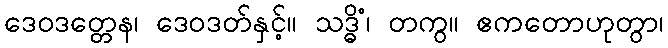
ဒေဝဒတ္တေန၊ ဒေဝဒတ်နှင့်။ သဒ္ဓိံ၊ တကွ။ ဧကတောဟုတွာ၊